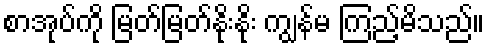
စာအုပ်ကို မြတ်မြတ်နိုးနိုး ကျွန်မ ကြည့်မိသည်။